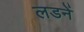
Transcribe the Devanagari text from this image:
लडनें